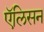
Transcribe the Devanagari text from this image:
एॅलिसन